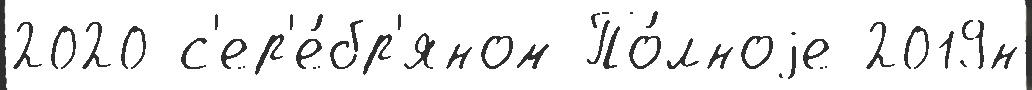
2020 с'ер'е́бр'яном По́лноjе 2019н